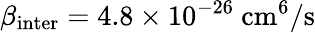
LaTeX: \beta_{\mathrm{{inter}}}=4.8\times 10^{-26}~\mathrm{{cm^{6}/s}}